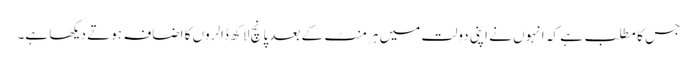
جس کا مطلب ہے کہ انہوں نے اپنی دولت میں ہر منٹ کے بعد پانچ لاکھ ڈالروں کا اضافہ ہوتے دیکھا ہے۔